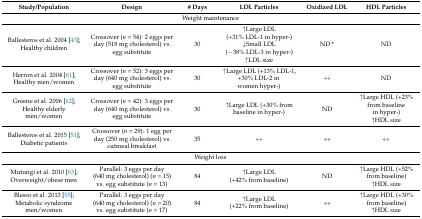
<table><thead><tr><td><b>Study/Population</b></td><td><b>Design</b></td><td><b># Days</b></td><td><b>LDL Particles</b></td><td><b>Oxidized LDL</b></td><td><b>HDL Particles</b></td></tr></thead><tbody><tr><td colspan="6">Weight maintenance</td></tr><tr><td>Ballesteros et al. 2004 [43];Healthy children</td><td>Crossover (<i>n</i> = 54): 2 eggs per day (518 mg cholesterol) vs. egg substitute</td><td>30</td><td>↑Large LDL (+31% LDL-1 in hyper-)↓Small LDL (−38% LDL-3 in hyper-)↑LDL size</td><td>ND *</td><td>ND</td></tr><tr><td>Herron et al. 2004 [61];Healthy men/women</td><td>Crossover (<i>n</i> = 52): 3 eggs per day (640 mg cholesterol) vs. egg substitute</td><td>30</td><td>↑Large LDL (+13% LDL-1, +30% LDL-2 in women hyper-)</td><td>↔</td><td>ND</td></tr><tr><td>Greene et al. 2006 [62];Healthy elderly men/women</td><td>Crossover (<i>n</i> = 42): 3 eggs per day (640 mg cholesterol) vs. egg substitute</td><td>30</td><td>↑Large LDL (+30% from baseline in hyper-)</td><td>ND</td><td>↑Large HDL (+23% from baseline in hyper-)↑HDL size</td></tr><tr><td>Ballesteros et al. 2015 [51];Diabetic patients</td><td>Crossover (<i>n</i> = 29): 1 egg per day (250 mg cholesterol) vs. oatmeal breakfast</td><td>35</td><td>↔</td><td>↔</td><td>↔</td></tr><tr><td colspan="6">Weight loss</td></tr><tr><td>Mutungi et al. 2010 [63];Overweight/obese men</td><td>Parallel: 3 eggs per day (640 mg cholesterol) (<i>n</i> = 15) vs. egg substitute (<i>n</i> = 13)</td><td>84</td><td>↑Large LDL (+42% from baseline)</td><td>ND</td><td>↑Large HDL (+52% from baseline)↑HDL size</td></tr><tr><td>Blesso et al. 2013 [55];Metabolic syndrome men/women</td><td>Parallel: 3 eggs per day (640 mg cholesterol) (<i>n</i> = 20) vs. egg substitute (<i>n</i> = 17)</td><td>84</td><td>↑Large LDL (+22% from baseline)</td><td>↔</td><td>↑Large HDL (+30% from baseline)↑HDL size</td></tr></tbody></table>